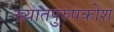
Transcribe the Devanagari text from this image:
ख्यातपुरुषकोश